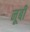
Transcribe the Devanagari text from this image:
नूबी